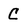
Character: C